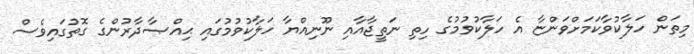
މިތަން ހަލާކުވާކަމަށްވަންޏާ އެ ހަލާކުވުމުގެ ހިތި ނަތީޖާއާއި ނޫނިއްޔާ ހަލާކުވުމުގައި ޙިއްޞާދާރުންގެ ގޮތުގައިވެސް